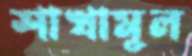
শাখামূল